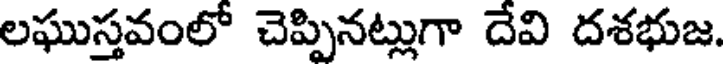
లఘుస్తవంలో చెప్పినట్లుగా దేవి దశభుజ.